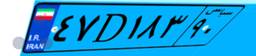
۴۷D۱۸۳۹۰